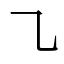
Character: ㇈